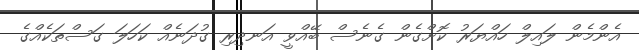
އެންމެން ލައިލް ހައްޔަރު ކޮށްގެން ގެނެސް ބޭއްވީ އަނދިރި ގުދަނެއް ކަހަލަ ގަސްތަކެއްގެ